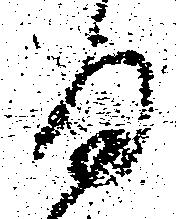
る